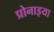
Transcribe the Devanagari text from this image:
प्रोनाइया